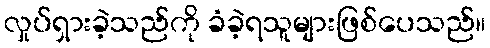
လှုပ်ရှားခဲ့သည်ကို ခံခဲ့ရသူများဖြစ်ပေသည်။